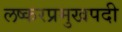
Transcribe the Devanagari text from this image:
लष्करप्रमुखपदी